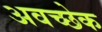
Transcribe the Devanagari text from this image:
अवच्छेक